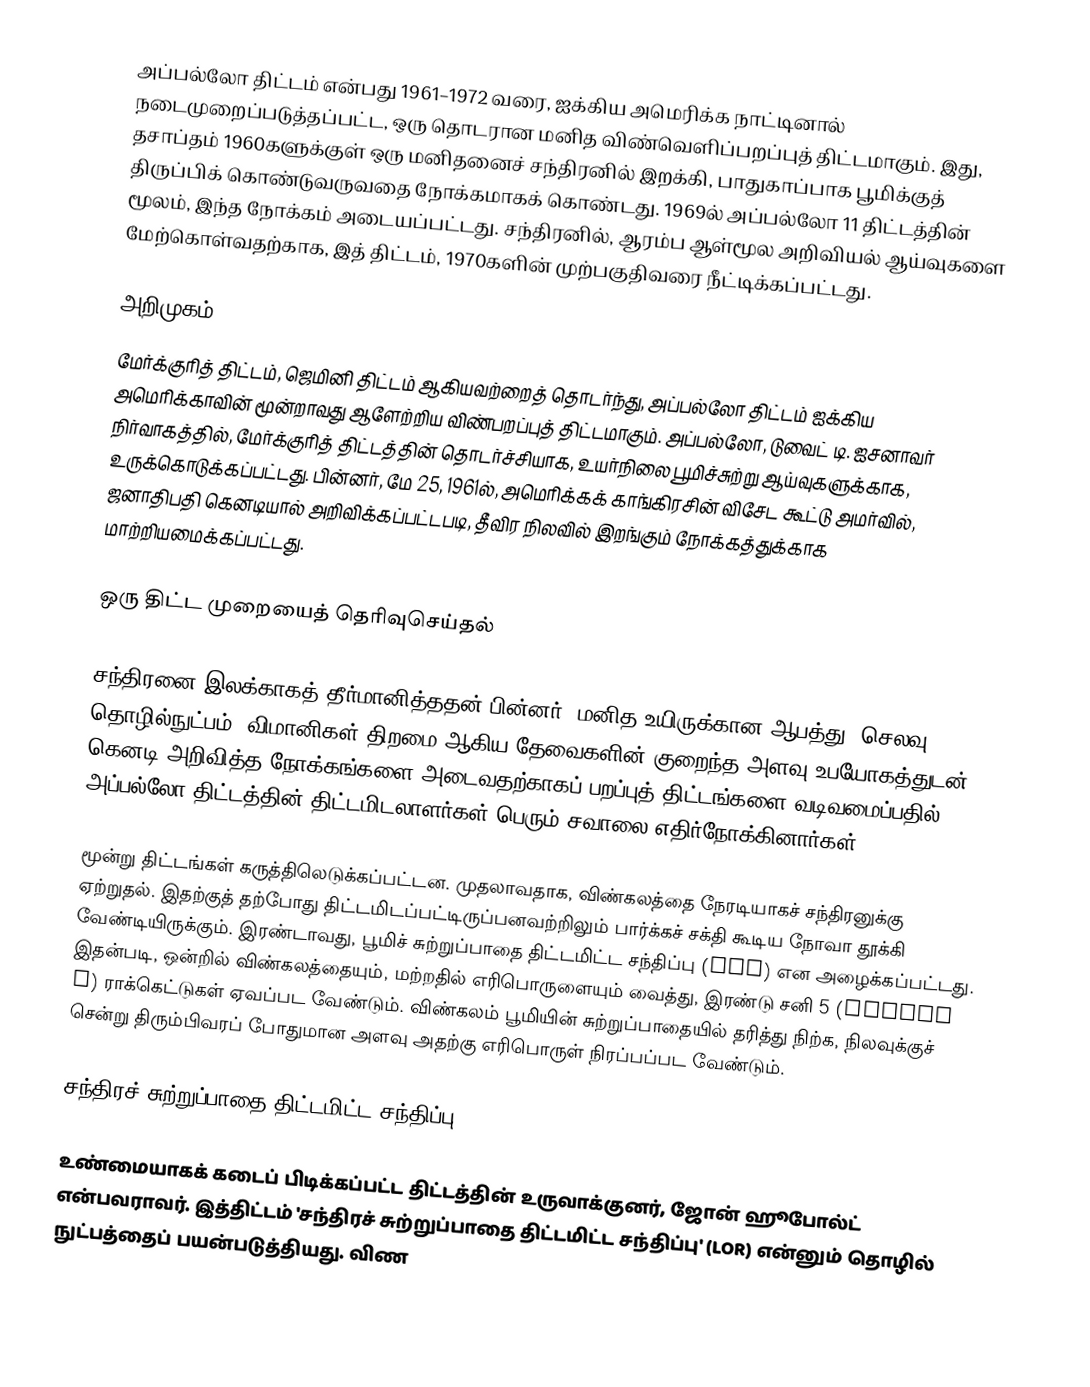
அப்பல்லோ திட்டம் என்பது 1961–1972 வரை, ஐக்கிய அமெரிக்க நாட்டினால் நடைமுறைப்படுத்தப்பட்ட, ஒரு தொடரான மனித விண்வெளிப்பறப்புத் திட்டமாகும். இது, தசாப்தம் 1960களுக்குள் ஒரு மனிதனைச் சந்திரனில் இறக்கி, பாதுகாப்பாக பூமிக்குத் திருப்பிக் கொண்டுவருவதை நோக்கமாகக் கொண்டது. 1969ல் அப்பல்லோ 11 திட்டத்தின் மூலம், இந்த நோக்கம் அடையப்பட்டது. சந்திரனில், ஆரம்ப ஆள்மூல அறிவியல் ஆய்வுகளை மேற்கொள்வதற்காக, இத் திட்டம், 1970களின் முற்பகுதிவரை நீட்டிக்கப்பட்டது.

அறிமுகம்
மேர்க்குரித் திட்டம், ஜெமினி திட்டம் ஆகியவற்றைத் தொடர்ந்து, அப்பல்லோ திட்டம் ஐக்கிய அமெரிக்காவின் மூன்றாவது ஆளேற்றிய விண்பறப்புத் திட்டமாகும். அப்பல்லோ, டுவைட் டி. ஐசனாவர் நிர்வாகத்தில், மேர்க்குரித் திட்டத்தின் தொடர்ச்சியாக, உயர்நிலை பூமிச்சுற்று ஆய்வுகளுக்காக, உருக்கொடுக்கப்பட்டது. பின்னர், மே 25, 1961ல், அமெரிக்கக் காங்கிரசின் விசேட கூட்டு அமர்வில், ஜனாதிபதி கெனடியால் அறிவிக்கப்பட்டபடி, தீவிர நிலவில் இறங்கும் நோக்கத்துக்காக மாற்றியமைக்கப்பட்டது.

ஒரு திட்ட முறையைத் தெரிவுசெய்தல்

சந்திரனை இலக்காகத் தீர்மானித்ததன் பின்னர், மனித உயிருக்கான ஆபத்து, செலவு, தொழில்நுட்பம், விமானிகள் திறமை ஆகிய தேவைகளின் குறைந்த அளவு உபயோகத்துடன், கெனடி அறிவித்த நோக்கங்களை அடைவதற்காகப் பறப்புத் திட்டங்களை வடிவமைப்பதில், அப்பல்லோ திட்டத்தின் திட்டமிடலாளர்கள் பெரும் சவாலை எதிர்நோக்கினார்கள்.

மூன்று திட்டங்கள் கருத்திலெடுக்கப்பட்டன. முதலாவதாக, விண்கலத்தை நேரடியாகச் சந்திரனுக்கு ஏற்றுதல். இதற்குத் தற்போது திட்டமிடப்பட்டிருப்பனவற்றிலும் பார்க்கச் சக்தி கூடிய நோவா தூக்கி வேண்டியிருக்கும். இரண்டாவது, பூமிச் சுற்றுப்பாதை திட்டமிட்ட சந்திப்பு (EOR) என அழைக்கப்பட்டது. இதன்படி, ஒன்றில் விண்கலத்தையும், மற்றதில் எரிபொருளையும் வைத்து, இரண்டு சனி 5 (Saturn V) ராக்கெட்டுகள் ஏவப்பட வேண்டும். விண்கலம் பூமியின் சுற்றுப்பாதையில் தரித்து நிற்க, நிலவுக்குச் சென்று திரும்பிவரப் போதுமான அளவு அதற்கு எரிபொருள் நிரப்பப்பட வேண்டும்.

சந்திரச் சுற்றுப்பாதை திட்டமிட்ட சந்திப்பு

உண்மையாகக் கடைப் பிடிக்கப்பட்ட திட்டத்தின் உருவாக்குனர், ஜோன் ஹூபோல்ட் என்பவராவர். இத்திட்டம் 'சந்திரச் சுற்றுப்பாதை திட்டமிட்ட சந்திப்பு' (LOR) என்னும் தொழில் நுட்பத்தைப் பயன்படுத்தியது. விண